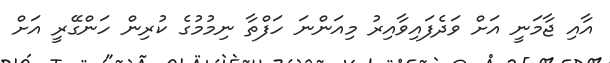
އާއި ޖާމަނީ އަށް ވަދެފައިވާއިރު މިއަންނަ ހަފްތާ ނިމުމުގެ ކުރިން ހަންގޭރީ އަށް